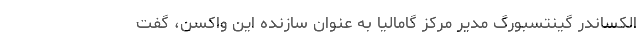
الکساندر گینتسبورگ مدیر مرکز گامالیا به عنوان سازنده این واکسن، گفت